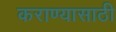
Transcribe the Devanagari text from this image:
कराण्यासाठी